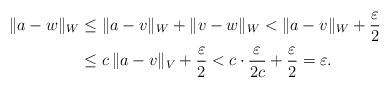
LaTeX: \begin{align*} \| a-w \|_W& \leq \| a - v \|_W + \| v - w \|_W < \| a - v \|_W + \frac{\varepsilon}{2}\\ & \leq c \, \| a - v \|_V + \frac{\varepsilon}{2} < c \cdot \frac{ \varepsilon }{ 2c } + \frac{\varepsilon}{2} = \varepsilon .\end{align*}